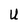
Character: U